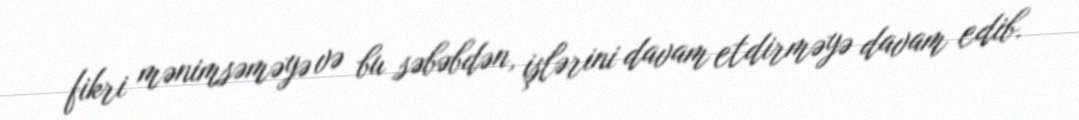
fikri mənimsəməyə və bu səbəbdən, işlərini davam etdirməyə davam edib.